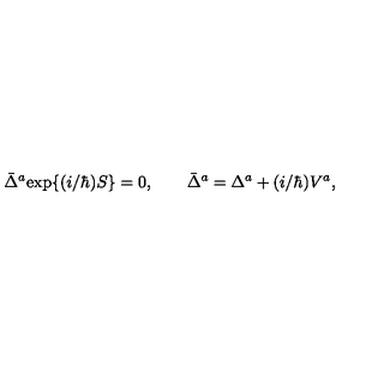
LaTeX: \bar { \Delta } ^ { a } \mathrm { e x p } \{ ( i / \hbar ) S \} = 0 , \qquad \bar { \Delta } ^ { a } = \Delta ^ { a } + ( i / \hbar ) V ^ { a } ,